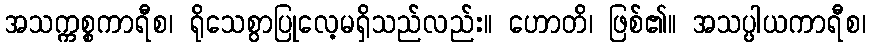
အသက္ကစ္စကာရီစ၊ ရိုသေစွာပြုလေ့မရှိသည်လည်း။ ဟောတိ၊ ဖြစ်၏။ အသပ္ပါယကာရီစ၊